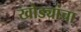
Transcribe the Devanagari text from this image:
खोड्यांचा